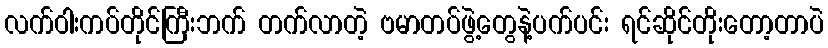
လက်ဝါးကပ်တိုင်ကြီးဘက် တက်လာတဲ့ ဗမာတပ်ဖွဲ့တွေနဲ့ပက်ပင်း ရင်ဆိုင်တိုးတော့တာပဲ